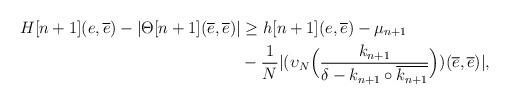
LaTeX: \begin{align*}H[n+1](e,\overline{e})-|\Theta[n+1](\overline{e},\overline{e})| &\ge h[n+1](e,\overline{e})-\mu_{n+1} \\& - \frac{1}{N}|(\upsilon_N\Big(\frac{k_{n+1}}{\delta - k_{n+1}\circ \overline{k_{n+1}}}\Big) )(\overline{e},\overline{e})|,\end{align*}